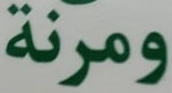
ومرنة